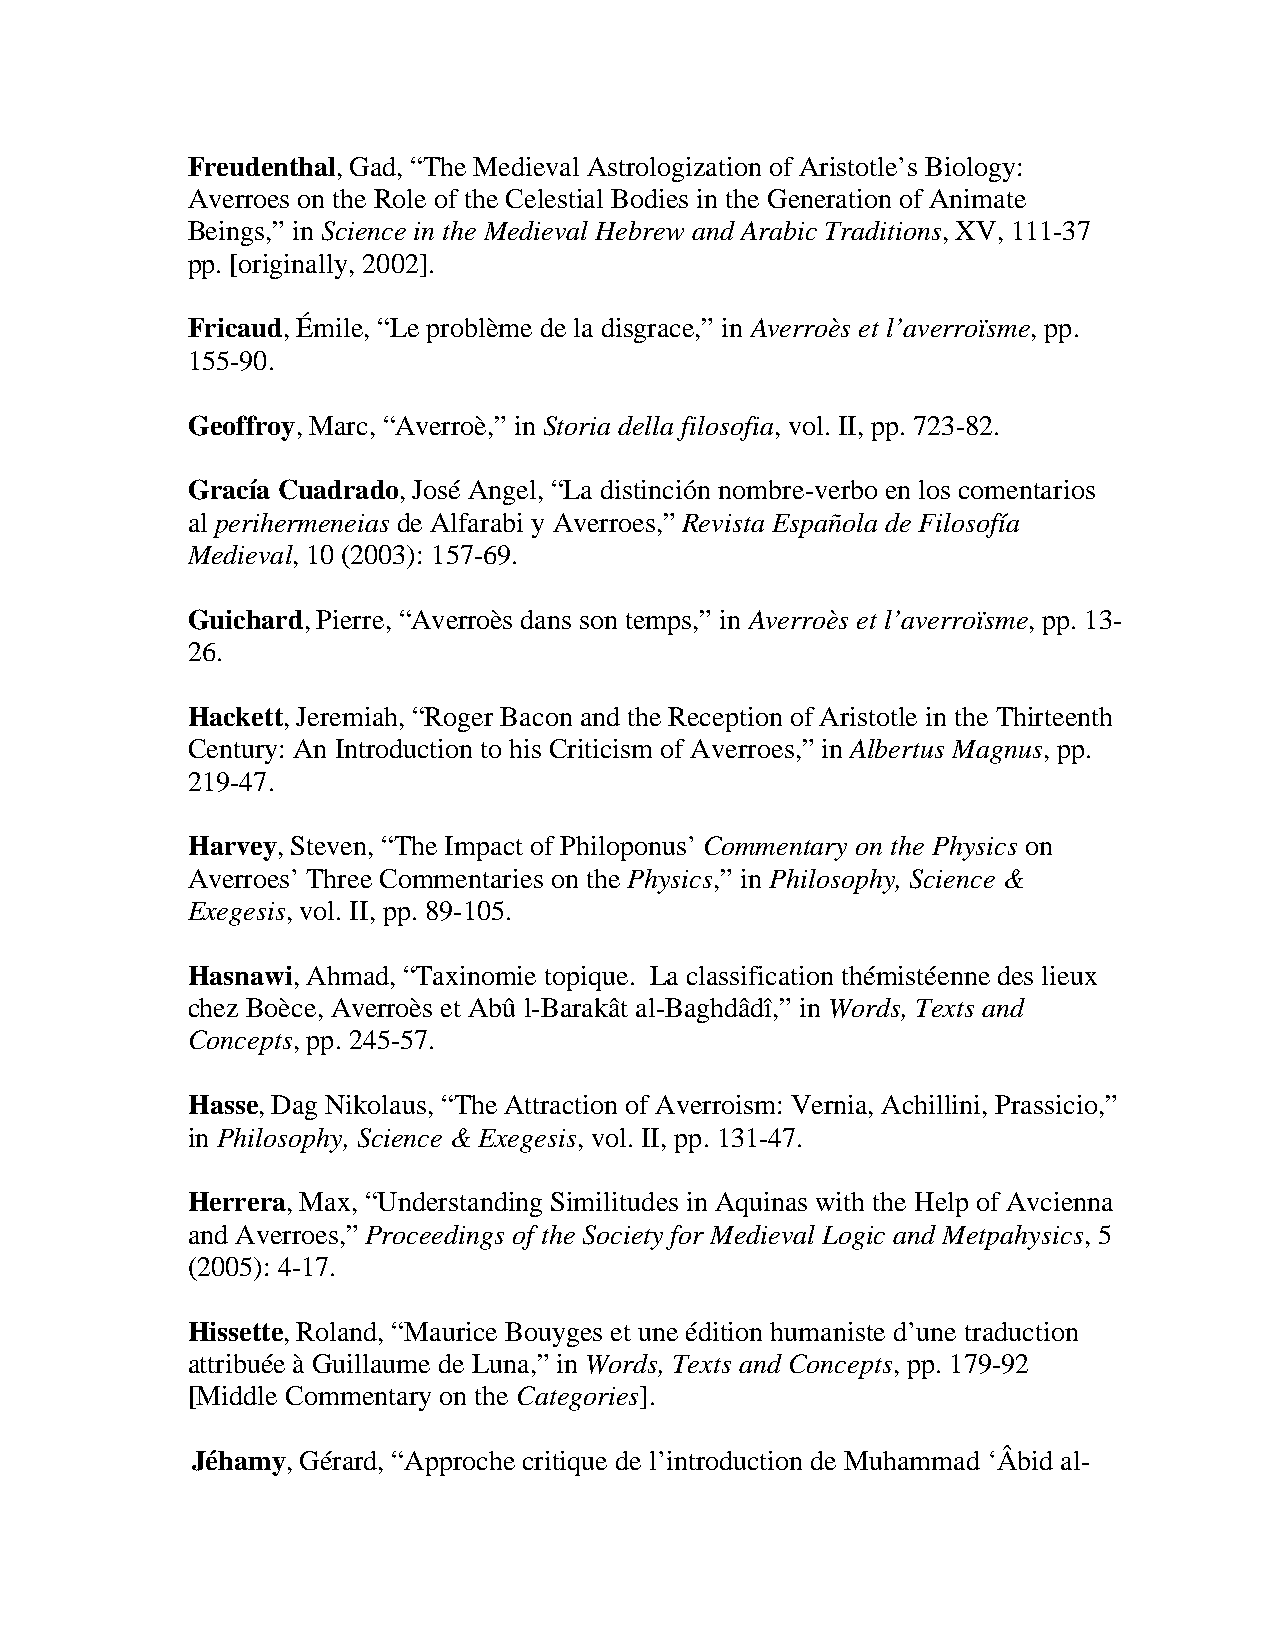
Freudenthal, Gad, “The Medieval Astrologization of Aristotle’s Biology:
 Averroes on the Role of the Celestial Bodies in the Generation of Animate
 Beings,” in Science in the Medieval Hebrew and Arabic Traditions, XV, 111-37
 pp. [originally, 2002].
 Fricaud, Émile, “Le problème de la disgrace,” in Averroès et l’averroïsme, pp.
 155-90.
 Geoffroy, Marc, “Averroè,” in Storia della filosofia, vol. II, pp. 723-82.
 Gracía Cuadrado, José Angel, “La distinción nombre-verbo en los comentarios
 al perihermeneias de Alfarabi y Averroes,” Revista Española de Filosofía
 Medieval, 10 (2003): 157-69.
 Guichard, Pierre, “Averroès dans son temps,” in Averroès et l’averroïsme, pp. 13-
 26.
 Hackett, Jeremiah, “Roger Bacon and the Reception of Aristotle in the Thirteenth
 Century: An Introduction to his Criticism of Averroes,” in Albertus Magnus, pp.
 219-47.
 Harvey, Steven, “The Impact of Philoponus’ Commentary on the Physics on
 Averroes’ Three Commentaries on the Physics,” in Philosophy, Science &
 Exegesis, vol. II, pp. 89-105.
 Hasnawi, Ahmad, “Taxinomie topique. La classification thémistéenne des lieux
 chez Boèce, Averroès et Abû l-Barakât al-Baghdâdî,” in Words, Texts and
 Concepts, pp. 245-57.
 Hasse, Dag Nikolaus, “The Attraction of Averroism: Vernia, Achillini, Prassicio,”
 in Philosophy, Science & Exegesis, vol. II, pp. 131-47.
 Herrera, Max, “Understanding Similitudes in Aquinas with the Help of Avcienna
 and Averroes,” Proceedings of the Society for Medieval Logic and Metpahysics, 5
 (2005): 4-17.
 Hissette, Roland, “Maurice Bouyges et une édition humaniste d’une traduction
 attribuée à Guillaume de Luna,” in Words, Texts and Concepts, pp. 179-92
 [Middle Commentary on the Categories].
 Jéhamy, Gérard, “Approche critique de l’introduction de Muhammad ‘Âbid al-